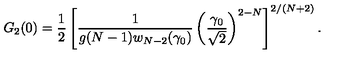
G _ { 2 } ( 0 ) = { \frac { 1 } { 2 } } \left[ { \frac { 1 } { g ( N - 1 ) w _ { N - 2 } ( \gamma _ { 0 } ) } } \left( \frac { \gamma _ { 0 } } { \sqrt { 2 } } \right) ^ { 2 - N } \right] ^ { 2 / ( N + 2 ) } .